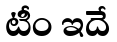
టీం ఇదే